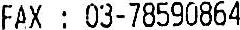
FAX : 03-78590864